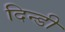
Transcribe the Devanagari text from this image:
दिन्डी